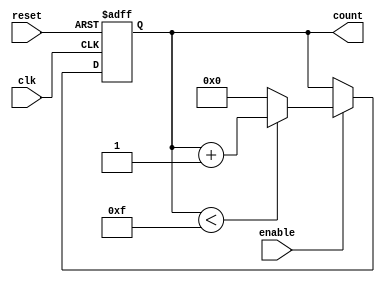
module binary_counter #(
    parameter MIN_VALUE = 0,
    parameter MAX_VALUE = 15 // Adjust MAX_VALUE as needed
)(
    input wire clk,
    input wire reset,
    input wire enable,
    output reg [$clog2(MAX_VALUE + 1) - 1 : 0] count
);

    // Number of bits needed for the counter
    localparam COUNTER_WIDTH = $clog2(MAX_VALUE + 1);
    
    always @(posedge clk or posedge reset) begin
        if (reset) begin
            // Asynchronous reset to MIN_VALUE
            count <= MIN_VALUE;
        end else if (enable) begin
            // Increment the counter if enabled
            if (count < MAX_VALUE) begin
                count <= count + 1;
            end else begin
                // Wrap around to MIN_VALUE
                count <= MIN_VALUE;
            end
        end
    end

endmodule